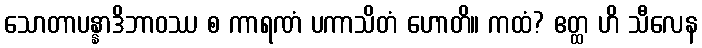
သောတာပန္နာဒိဘာဝဿ စ ကာရဏံ ပကာသိတံ ဟောတိ။ ကထံ? ဧတ္ထ ဟိ သီလေန